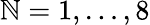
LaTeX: \mathbb{N}=1,\dots,8